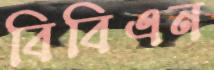
বিবিএন